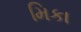
મિકા